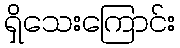
ရှိသေးကြောင်း